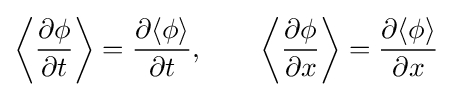
\left\langle {\frac {\partial \phi }{\partial t}}\right\rangle ={\frac {\partial \langle \phi \rangle }{\partial t}},\qquad \left\langle {\frac {\partial \phi }{\partial x}}\right\rangle ={\frac {\partial \langle \phi \rangle }{\partial x}}